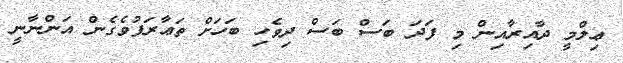
ޢިލްމީ ދާއިރާއިން މި ފަދަ ބަސް ބަސް ދިވެހި ބަހަށް ތަޢާރަފުވެގެން އަންނާނީ